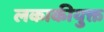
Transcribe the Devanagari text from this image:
लकाकीयुक्त